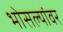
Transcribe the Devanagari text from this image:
भोसल्यांवर